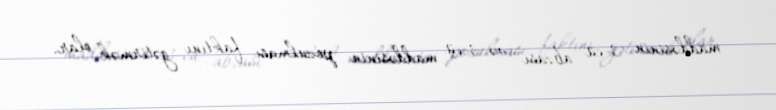
maddəsinin 3-cü abzası və 3-cü maddəsinin pozulması faktını gətirmək olar.